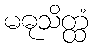
မဓုသိတ္ထံ